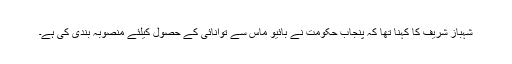
شہباز شریف کا کہنا تھا کہ پنجاب حکومت نے بائیو ماس سے توانائی کے حصول کیلئے منصوبہ بندی کی ہے۔